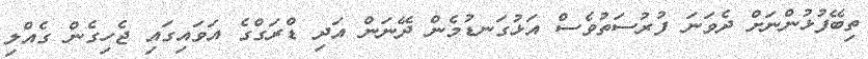
ތިބޭފުޅުންނަށް ދެވަނަ ފުރުސަތުވެސް އަޅުގަނޑުމެން ދޭނަން އަދި ޑްރަގްގެ އަވައިގައި ޖެހިގެން ގެއްލި